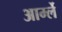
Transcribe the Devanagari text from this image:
आर्म्ले